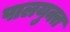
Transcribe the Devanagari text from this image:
पालयुक्त